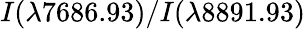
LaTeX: I(\lambda 7686.93)/I(\lambda 8891.93)